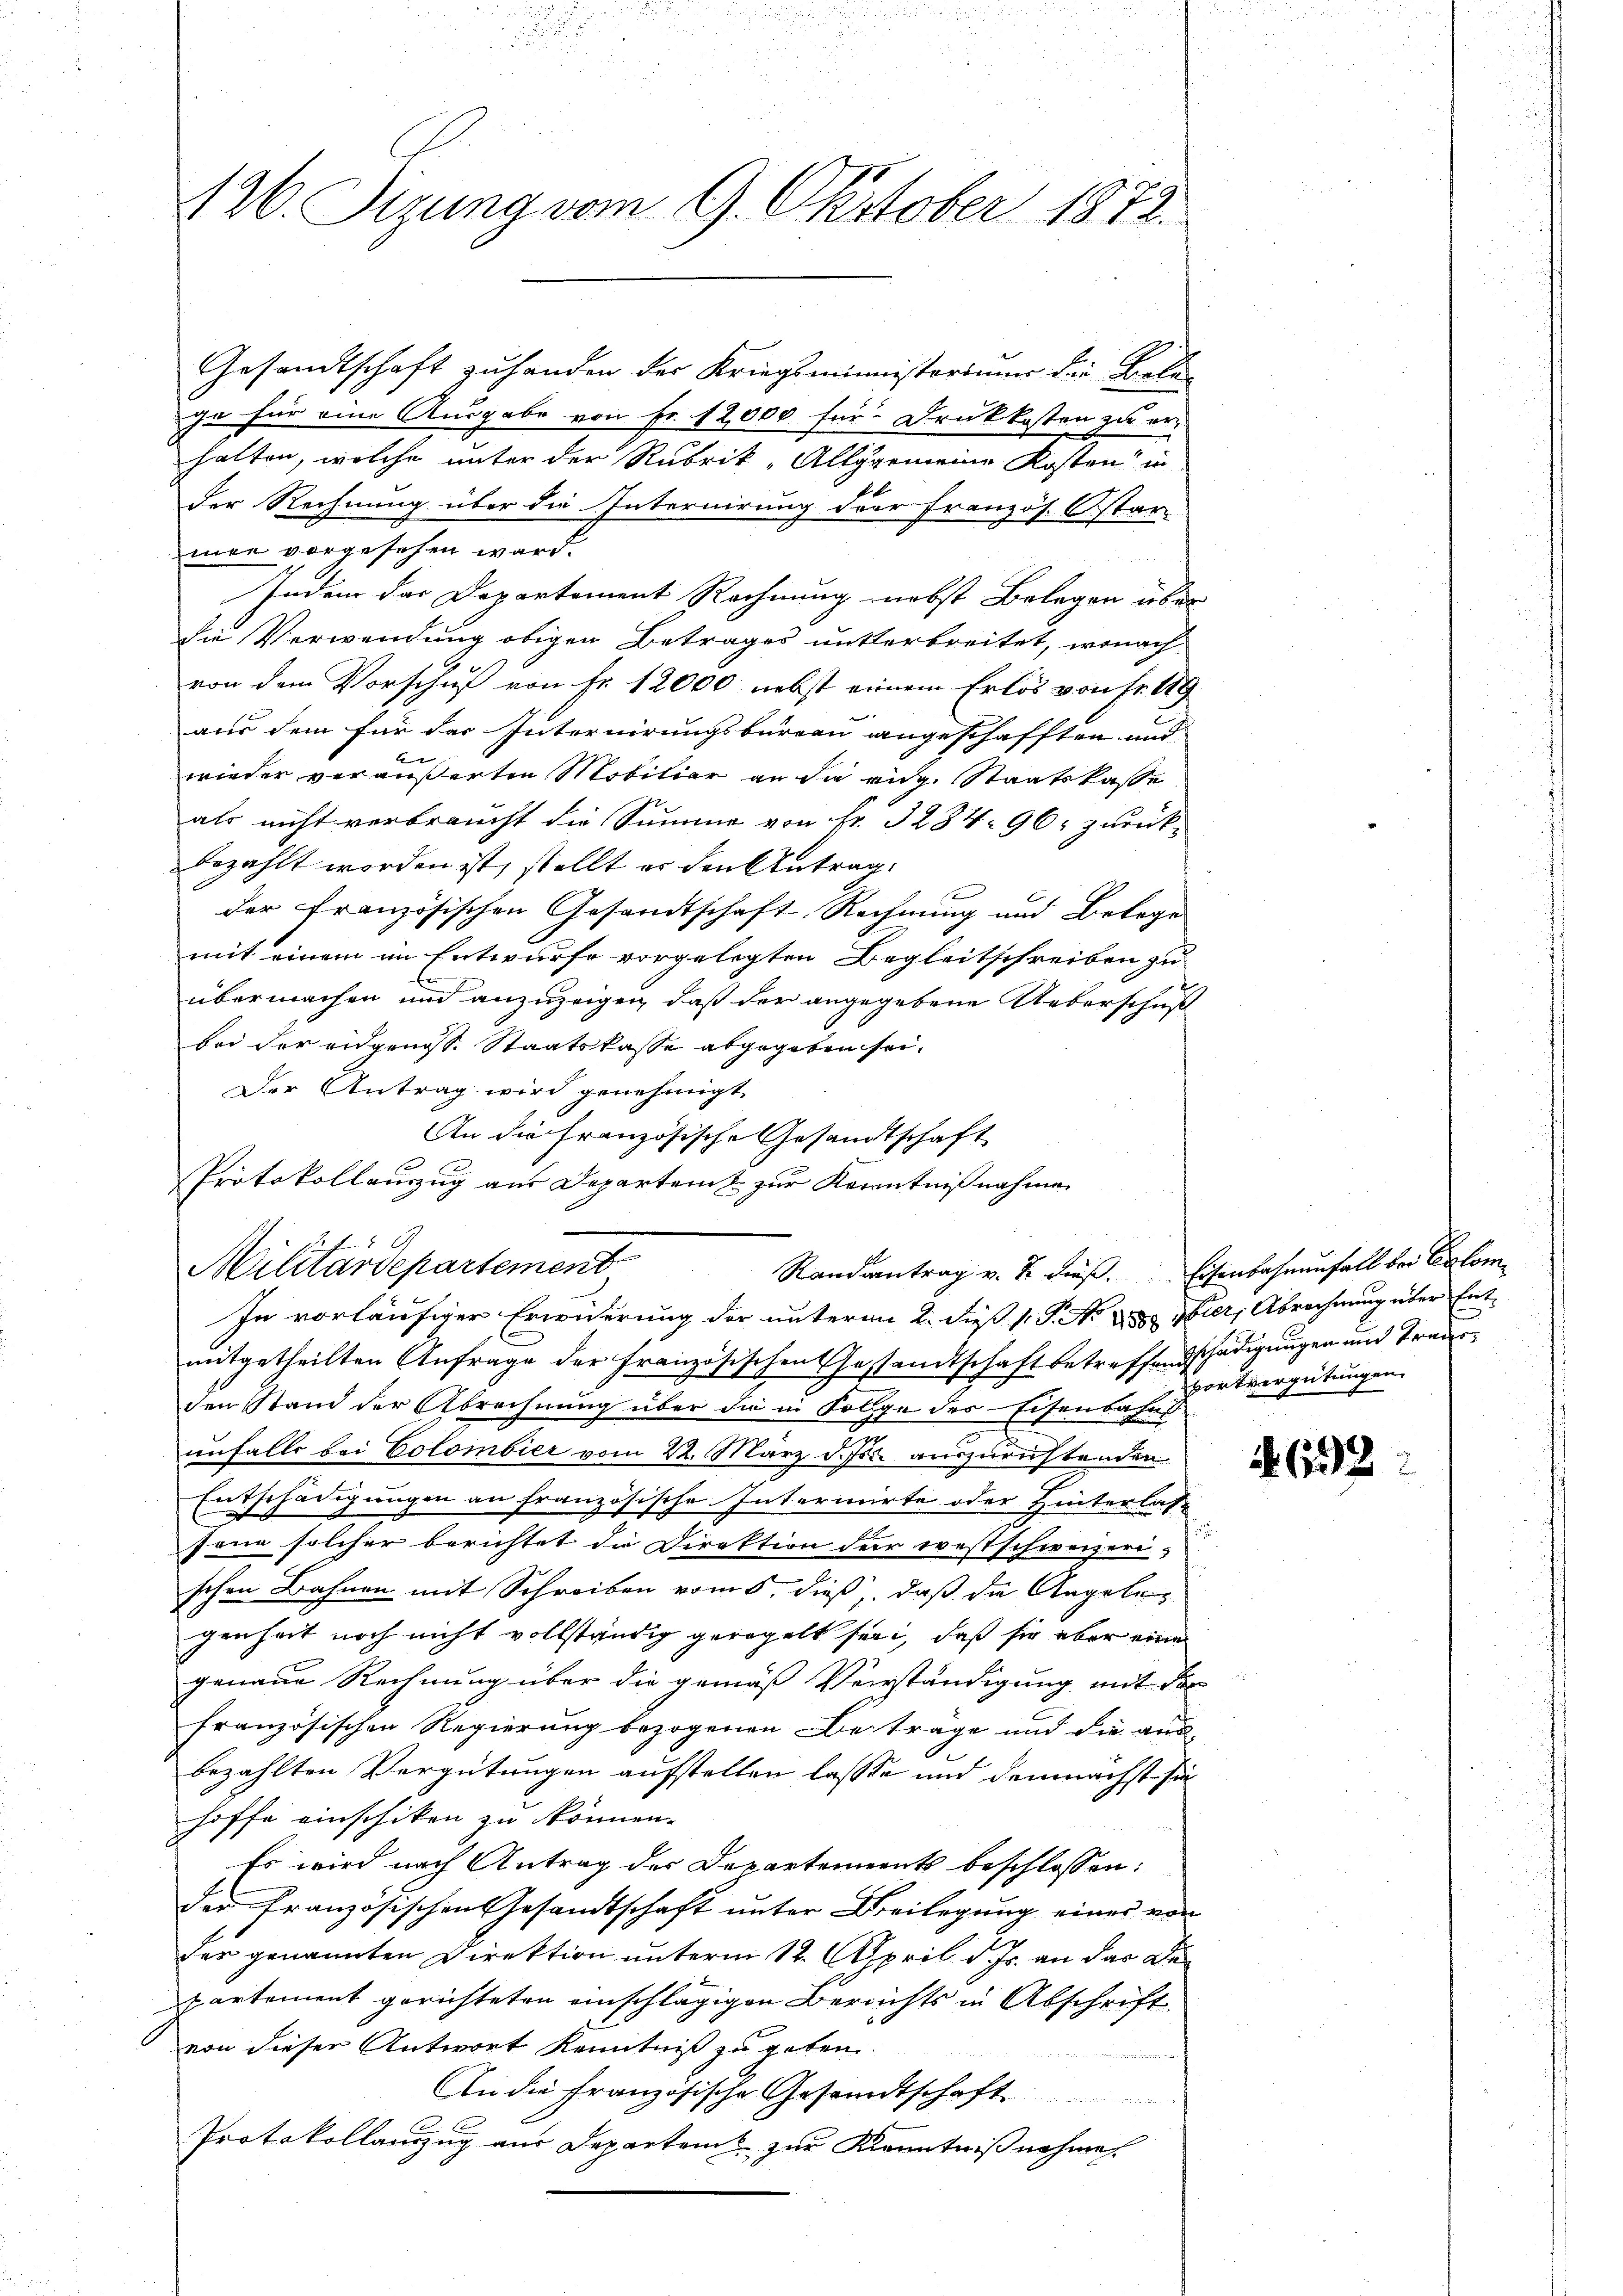
126. Sizung vom 9. Oktober 1872.

Gesandtschaft zu handen der Kriegsministorium die Biele
ge für eine Ausgabe von Fr. 12,000 für Druckkosten zu er-
halten, welche unter der Rubrik-Allygemeine Kosten in
der Rechnung über die Internirung der französ. Ostar-
men vorgesehen ward.
Indem das Departement Rechnung nebst Belegen über
die Verwendung obigen Betrages unterbreitet, wonach
von dem Vorschuß von Fr. 12000 nebst einem Erlös von Fr. 19
aus dem für das Internirungsbureau angeschafften und
wieder veräußerten Mobiliar an die eidg. Staatskasse
als nicht verbraucht die Summe von Nr. 3284. 96 zurück-
bezahlt worden ist, stellt er den Antrag
der französischen Gesandtschaft Rechnung und Belege
mit einem im Entwurfe vorgelegten Begleitschreiben zu
übermachen und anzuzeigen, daß der angegebene Ueberschuß
bei der eidgenoss. Staatskasse abgegeben sei.
Der Antrag wird genehmigt.
An die französische Gesandtschaft
Protokollauszug aus Departenz zur Kenntnißnahme
f
Militärdepartement
Randantrag v. 2. dieß. Eisenbahnenfall bei Erlom¬
In vorläufiger Erwiderung der unterm 2. dieß (: P. N. 8 Vier, Abrechnung über Entmitgetheilten Anfrage der Französischen Gestandtschaft betreffendschädigungen und Treuerden Stand der Abrechnung über die in Folge der Eisenbahns
unfalls bei Colombier vom 22. März d. Js. auszuzustanden
Entschädigungen an französische Interiirte oder Hinterlas
Jene solcher berichtet die Direktion der westschweizerischen Bahnen mit Schreiben vom 5. dieß, daß die Angelegenheit noch nicht vollständig geregelt sein, daß sie aber eine
genaue Rechnung über die gemäß Verständigung mit der
französischen Regierung bezogenen Beträge und die ausbezahlten Vergütungen aufstellen lasse und demnächst sie
hoffe einschiken zu können.
Es wird nach Antrag der Departements beschlossen:
der französischen Gesandtschaft unter Beilegung eines von
7
der genannten Direktion unterm 12. April d. Js. an das Deppartement gerichteten einschlägigen Berechts in Abschrift
von dieser Antwort Kenntniß zu geben
An die Französische Gesandtschaft
Protokollanzug aus Departem zur Kenntnißnahme

portvergütungen.

4. 632